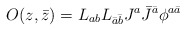
\begin{align*}O(z,\bar z)=L_{ab}L_{\bar a\bar b}J^a\bar J^{\bar a}\phi^{a\bar a}\end{align*}